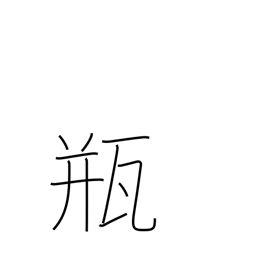
Meaning: vial